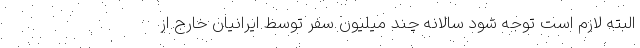
البته لازم است توجه شود سالانه چند میلیون سفر توسط ایرانیان خارج از